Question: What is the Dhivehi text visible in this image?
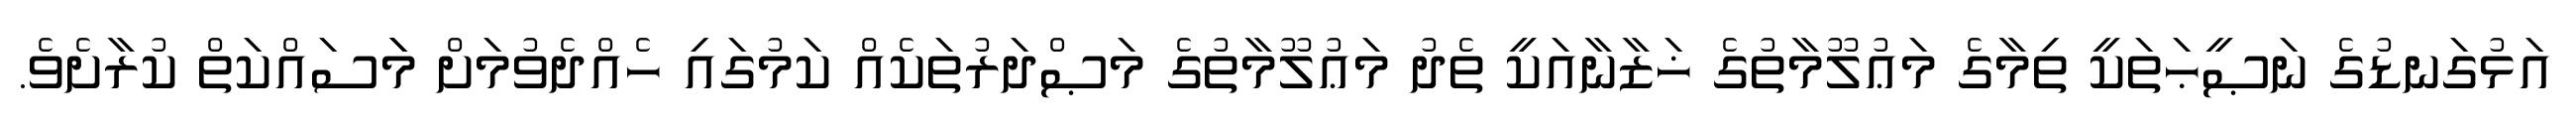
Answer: އަޅުގަނޑުގެ ނަޞީޙަތަކީ ތިމާގެ މަޢުލޫމާތުގެ ޚަޒާނާއަކީ ތެދު މަޢުލޫމާތުގެ މަޞްދަރުތަކެއް ކަމުގައި ހެއްދެވުމަށް މަަސައްކަތް ކުރާށެވެ.